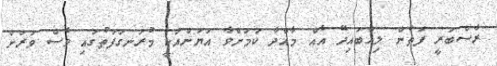
ރާސްބަރީ ފަތުން ލިއްބައިދޭ އެއް މާއްދާ ކަމަށްވާ އަޔަންއަކީ މުރަނގަފަތުގައި ވެސް ވަރަށް